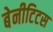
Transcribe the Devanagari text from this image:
बेनीटिटस